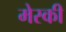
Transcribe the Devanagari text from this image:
मेस्की